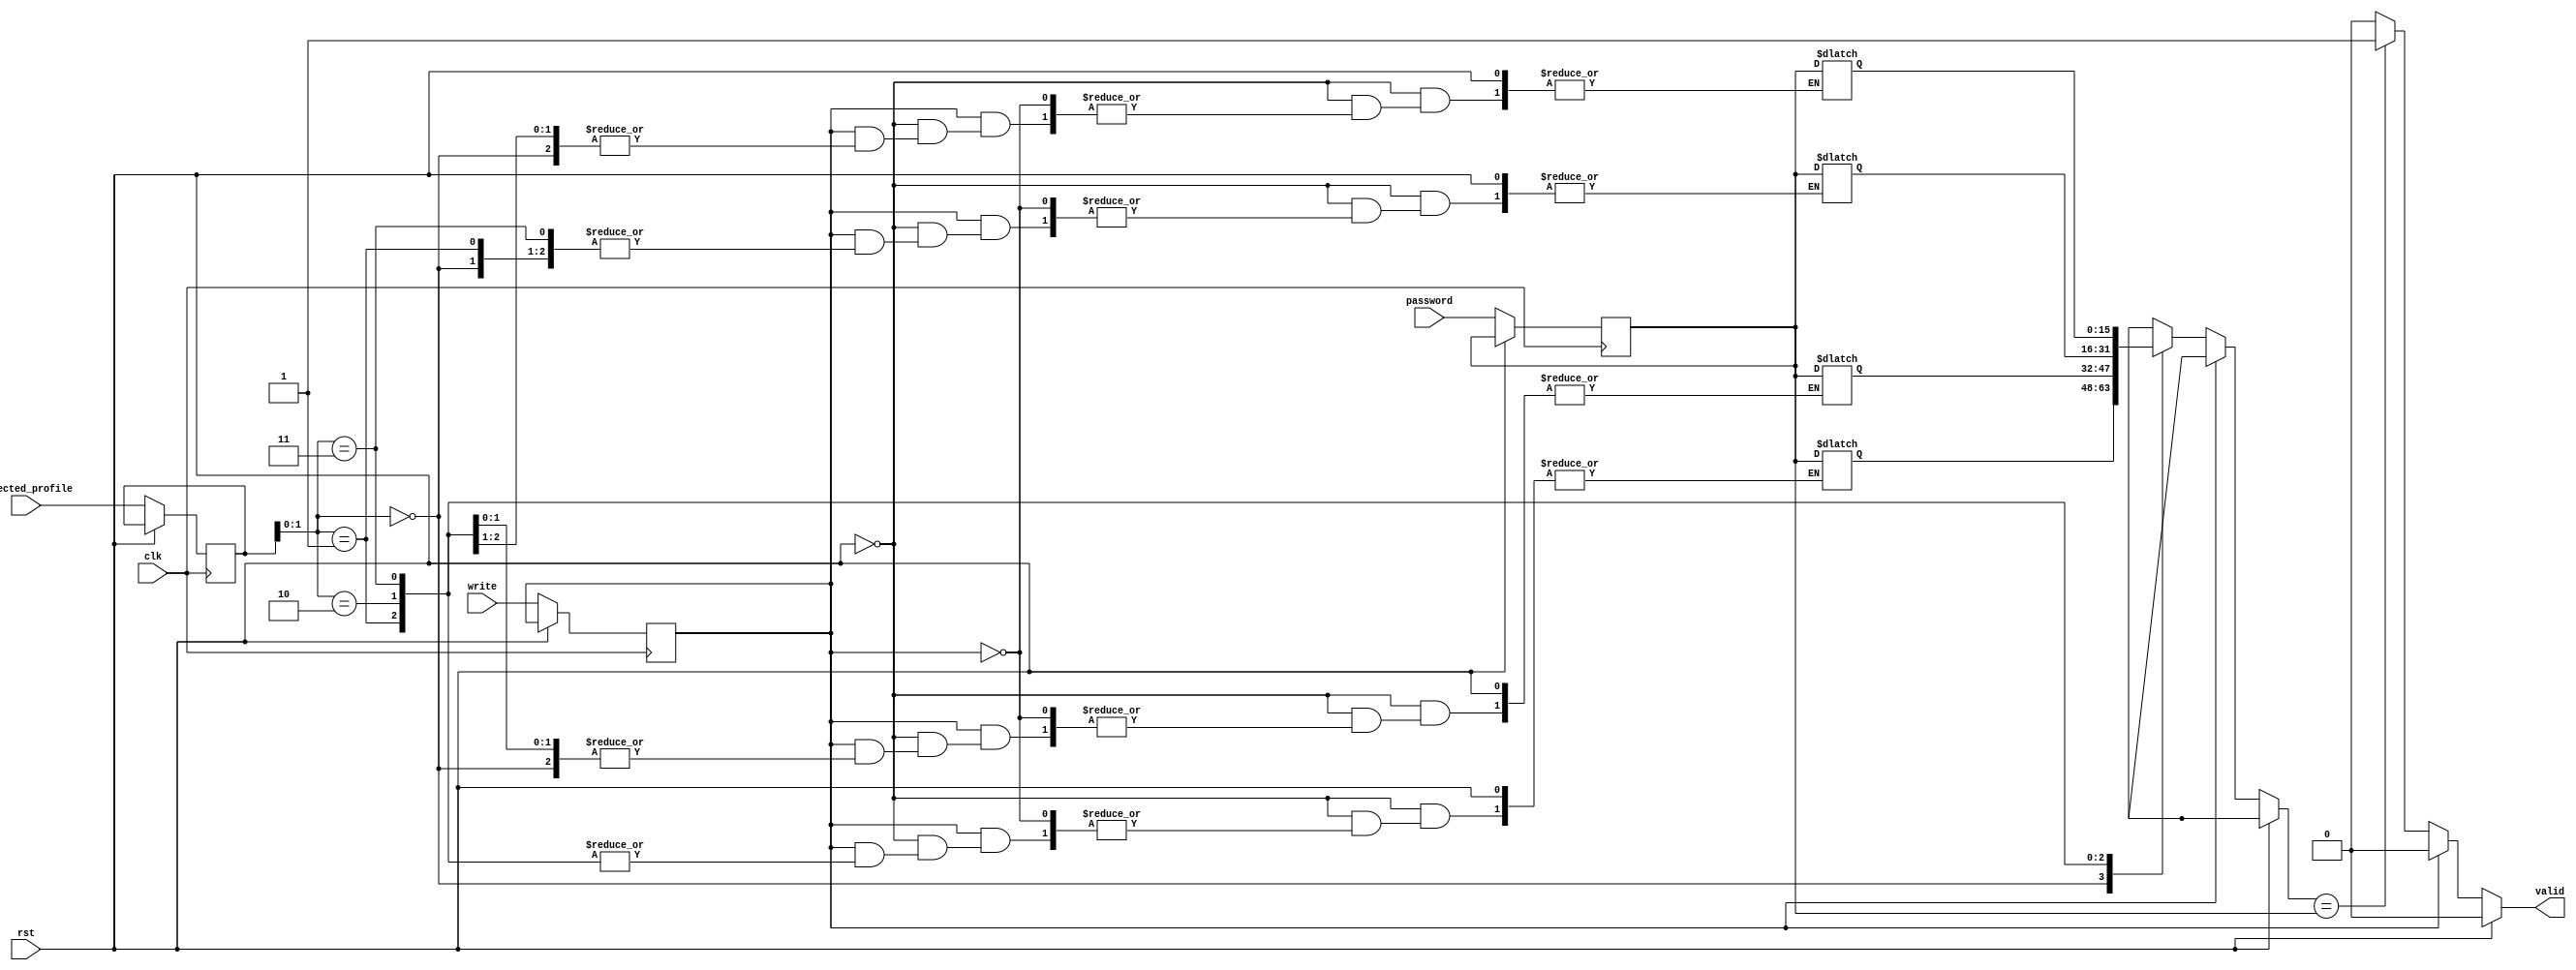
// Check the input password as well as update the password based on write pin.
module profiles(
input clk, rst, write,
input [15:0] password,
input [3:0] selected_profile,
output valid
);

reg [15:0] profile [3:0];
reg [3:0] t_sel_prof;
reg [15:0] t_pass;
reg t_wr;
reg out;

assign valid = out;

always@ (posedge clk)
begin
	if(!rst)
	begin
		t_sel_prof  <= selected_profile;
		t_wr  <= write;
		t_pass <= password;
	end
end

always@ (t_wr, t_sel_prof, t_pass)
begin
	if(rst)
		out = 1'b0;
	else if (t_wr)
	begin
		profile[t_sel_prof] = t_pass;
		out = 1'b0;
	end
	else
	begin
		if (profile[t_sel_prof] == t_pass)
		begin
			out = 1'b1;
		end
		else
			out = 1'b0;
	end
end
endmodule